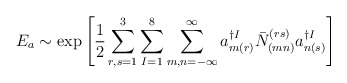
\begin{align*}E_a \sim \exp \left[ \frac{1}{2} \sum_{r,s = 1}^3\sum_{I = 1}^8 \sum_{m,n=-\infty}^{\infty}a_{m(r)}^{\dagger I} \bar{N}^{(rs)}_{(mn)} a_{n(s)}^{\dagger I}\right]\end{align*}